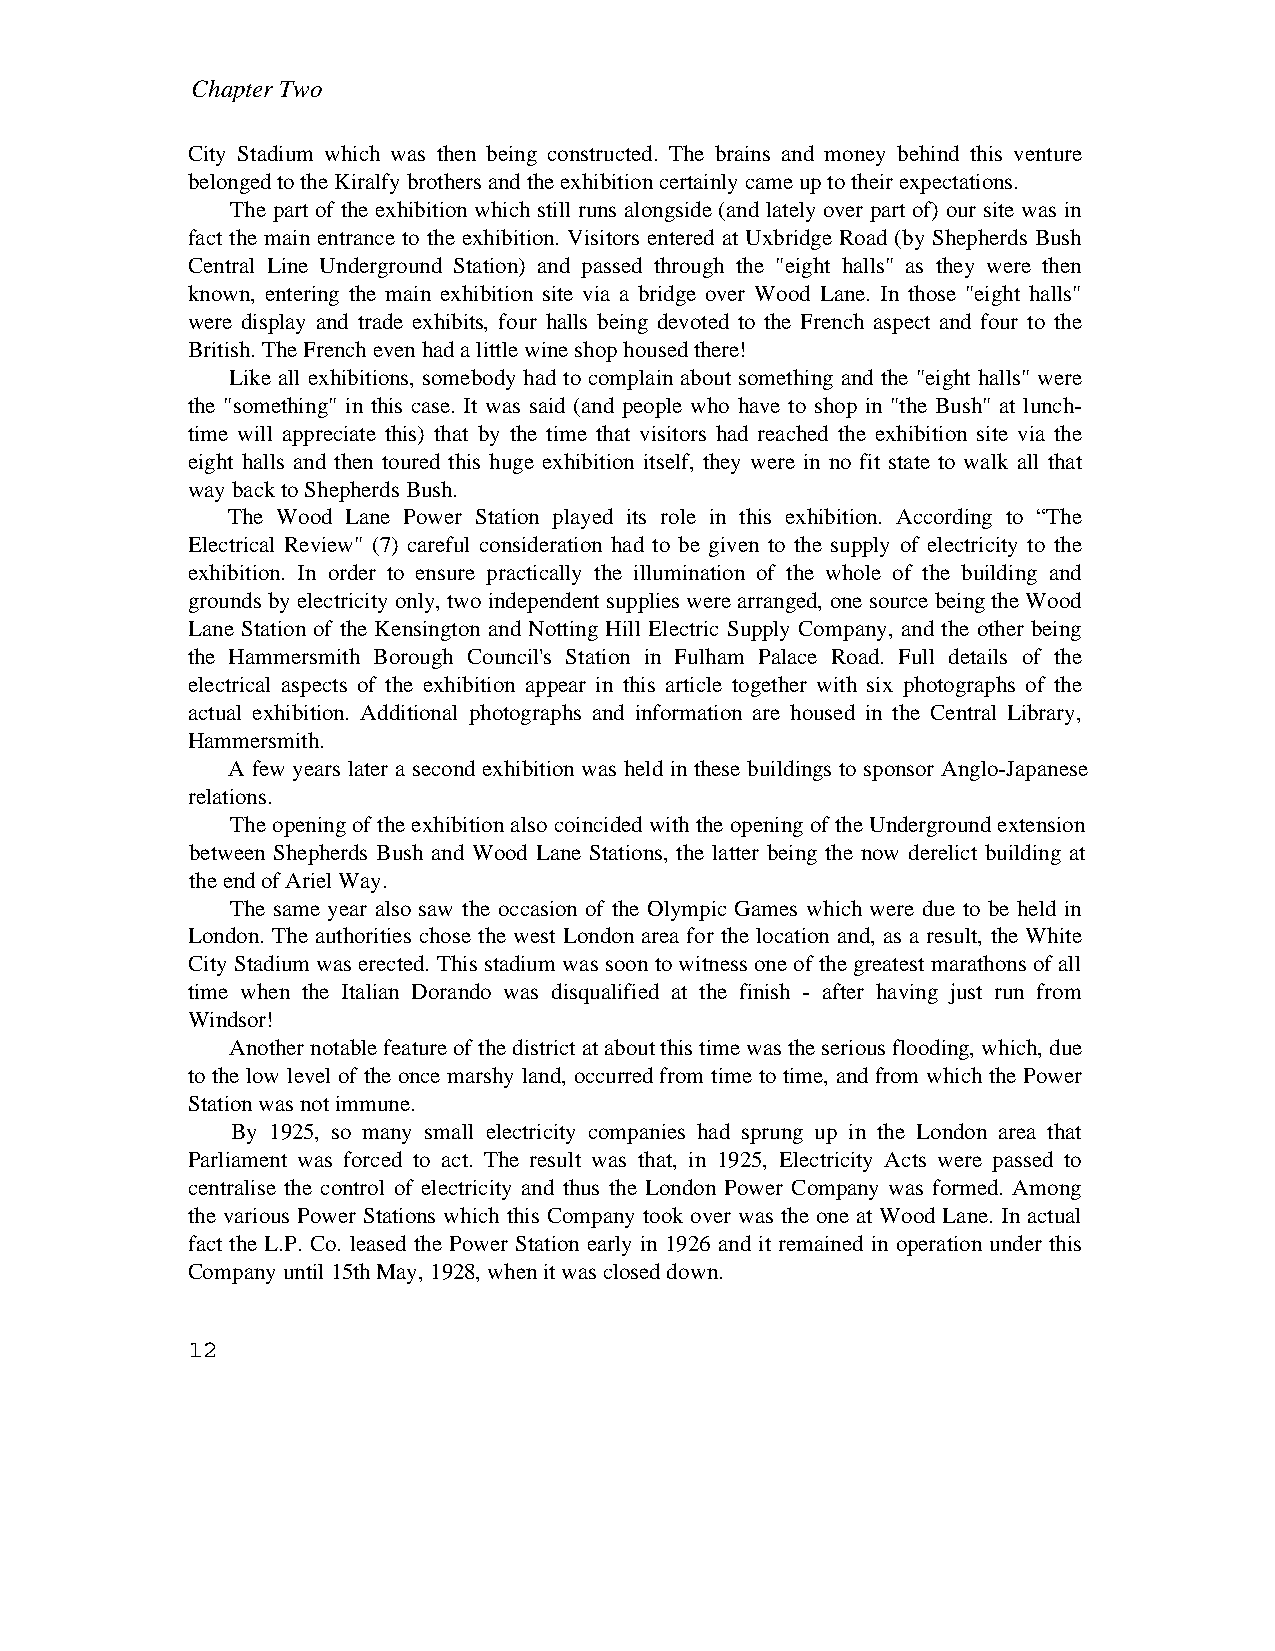
Chapter Two
 City Stadium which was then being constructed. The brains and money behind this venture
 belonged to the Kiralfy brothers and the exhibition certainly came up to their expectations.
 The part of the exhibition which still runs alongside (and lately over part of) our site was in
 fact the main entrance to the exhibition. Visitors entered at Uxbridge Road (by Shepherds Bush
 Central Line Underground Station) and passed through the "eight halls" as they were then
 known, entering the main exhibition site via a bridge over Wood Lane. In those "eight halls"
 were display and trade exhibits, four halls being devoted to the French aspect and four to the
 British. The French even had a little wine shop housed there!
 Like all exhibitions, somebody had to complain about something and the "eight halls" were
 the "something" in this case. It was said (and people who have to shop in "the Bush" at lunch-
 time will appreciate this) that by the time that visitors had reached the exhibition site via the
 eight halls and then toured this huge exhibition itself, they were in no fit state to walk all that
 way back to Shepherds Bush.
 The Wood Lane Power Station played its role in this exhibition. According to “The
 Electrical Review" (7) careful consideration had to be given to the supply of electricity to the
 exhibition. In order to ensure practically the illumination of the whole of the building and
 grounds by electricity only, two independent supplies were arranged, one source being the Wood
 Lane Station of the Kensington and Notting Hill Electric Supply Company, and the other being
 the Hammersmith Borough Council's Station in Fulham Palace Road. Full details of the
 electrical aspects of the exhibition appear in this article together with six photographs of the
 actual exhibition. Additional photographs and information are housed in the Central Library,
 Hammersmith.
 A few years later a second exhibition was held in these buildings to sponsor Anglo-Japanese
 relations.
 The opening of the exhibition also coincided with the opening of the Underground extension
 between Shepherds Bush and Wood Lane Stations, the latter being the now derelict building at
 the end of Ariel Way.
 The same year also saw the occasion of the Olympic Games which were due to be held in
 London. The authorities chose the west London area for the location and, as a result, the White
 City Stadium was erected. This stadium was soon to witness one of the greatest marathons of all
 time when the Italian Dorando was disqualified at the finish - after having just run from
 Windsor!
 Another notable feature of the district at about this time was the serious flooding, which, due
 to the low level of the once marshy land, occurred from time to time, and from which the Power
 Station was not immune.
 By 1925, so many small electricity companies had sprung up in the London area that
 Parliament was forced to act. The result was that, in 1925, Electricity Acts were passed to
 centralise the control of electricity and thus the London Power Company was formed. Among
 the various Power Stations which this Company took over was the one at Wood Lane. In actual
 fact the L.P. Co. leased the Power Station early in 1926 and it remained in operation under this
 Company until 15th May, 1928, when it was closed down.
 12